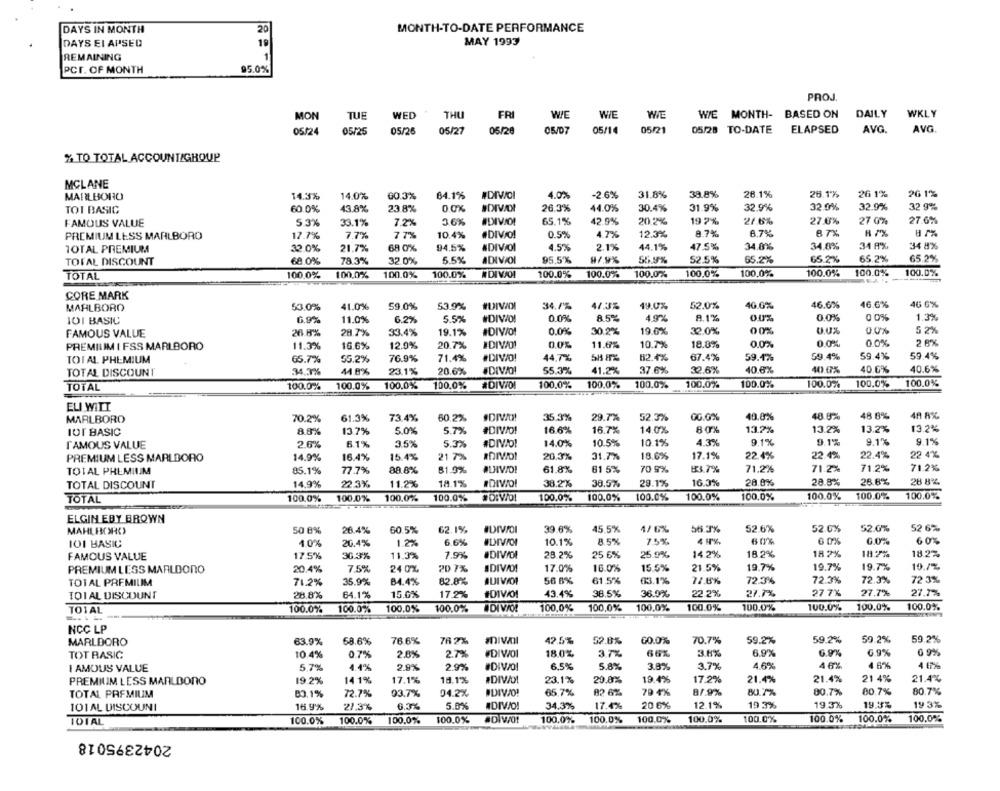
DAYS IN MONTH
20
MONTH-TO-DATE PERFORMANCE
19
DAYS EI APSED
MAY 1993
1
REMAINING
PCT. OF MONTH
95.0%
PROJ
MON
TUE
WED
THU
FR
WE
WIE
WIE
WIE MONTH- BASED ON
DAILY
WKLY
05/24
05/25
05/26
05/27
05/28
05/07
05/14
05/21
05/28 TO-DATE
ELAPSED
AVG.
AVG
% TO TOTAL ACCOUNT/GROUP
MCLANE
MARLBORO
14.3%
14.0%
60.3%
64.1%
#DIVOI
4.0%
-2.6%
31.8%
38.8%
26.1%
26.1%
26 1%
26 1%
44.0%
31.9%
32.9%
32.0%
32.9%
32 9%
TOT BASIC
60.0%
43.8%
23.8%
0.0%
SDIVIDI
26.3%
30.4%
5 3%
33.1%
3.6%
#DIVIO!
65.1%
42.5%
20.2%
197%
21.6%
27.6%
27 0%
27.6%
FAMOUS VALUE
7.2%
PREMIUM LESS MARLBORO
17.7%
7.7%
77%
10.4%
.DIVO!
0.5%
4.7%
12.3%
8.7%
8,7%
87%
8 7%
#DIVOI
4.5%
34.8%
34.8%
31 8%
34 8%
TOTAL PREMIUM
32.0%
21.7%
68 0%
94.5%
2.1%
44.1%
47.5%
TOTAL DISCOUNT
68.0%
78.3%
32.0%
5.5%
95.5%
87.9%
52.5%
65.2%
65.2%
65.2%
65.2%
TOTAL
100.0%
100.0%
100.0%
100.0%
#DIVAO!
100.0%
100.0%
100.0%
100.0%
100,0%
100.0%
100.0%
100.0%
CORE MARK
MARLBORO
53.0%
41.0%
59.0%
53.9%
#DIVIDI
34.7%
41.3%
19.0%
52.0%
40.0%
46.6%
46.6%
46 6%
85%
8.1%
0.0%
0 0%
1.3%
101 BASIC
6.9%
11.0%
6.2%
5.5%
0.0%
4.9%
0.0%
FAMOUS VALUE
26.8%
28.7%
33.4%
19.1%
#DIV/O!
0.0%
30.2%
19.6%
32.0%
00%
0.0%
5 2%
PREMIUM I FSS MARLBORO
11.3%
16.6%
12.9%
20.7%
IDIVO!
11.6%
10.7%
18.8%
0.0%
0.0%
0.0%
2 8%
76.9%
71.4%
#DIVO!
44.7%
5H 8%
82.4%
67.4%
59.4%
59.4%
59.4%
59.4%
TOIAL PHEMIUM
65.7%
55.2%
TOTAL DISCOUNT
34,3%
44.8%
23.1%
20.6%
55.3%
41.2%
37.6%
30.6%
40.6%
40.0%
40.6%
40.6%
TOTAL
100.0%
100.0%
100.0%
100.0%
#DIVIDI
100.0%
100.0%
100.0%
100.0%
100.0%
100.0%
100.0%
100.0%
ELI WITT
MARLBORO
70.2%
61.3%
73.4%
60.2%
35.3%
29.7%
52.3%
GG.0%
40.0%
48.8%
48 8%
48 8%
13.2%
IOT BASIC
8.8%
13.7%
5.0%
5.7%
#DIVO!
16.6%
16.7%
14.0%
80%
13.2%
13.2%
13.2%
26%
6.1%
3.5%
5.3%
#DIVAD!
14.0%
10.5%
10.1%
4.3%
9.1%
9.1%
9.1%
9.1%
FAMOUS VALUE
PREMIUM LESS MARLBORO
14.9%
16.4%
15.4%
21 7%
20.3%
31.7%
18.6%
17.1%
22.4%
22.4%
22.4%
22 4%
70 9%
83.7%
71.2%
71.2%
71.2%
TOTAL PREMIUM
85.1%
77.7%
88.6%
81.9%
ALIVIO!
61.8%
61 5%
71.2%
22.3%
18.1%
#DIWO!
38.2%
38.5%
29.1%
16.0%
28.0%
28.8%
28.8%
28 8%
TOTAL DISCOUNT
14.9%
11.2%
100.0%
100.0%
100.0%
100.0%
100.0%
100.0%
100.0%
100.0%
100,0%
100.0%
100.0%
100.0%
TOTAL
ELGIN EBY BROWN
MAHLHORC
50 8%
26.4%
60.5%
62.1%
39.6%
45.5%
4/ 6%
56.3%
52.6%
52.0%
52.0%
52 6%
101 BASIC
1.0%
20.4%
1.2%
6.6%
10.1%
8.5%
7.5%
4 9%
60%
0 0%
G0%
60%
17.5%
30.3%
11.3%
7.9%
#DIVIOL
28.2%
25 6%
25.9%
14.2%
18.2%
18 7%
18.2%
18.2%
FAMOUS VALUE
PREMIUM LESS MARLDONO
20.4%
7.5%
24 0%
20 7%
IDIVAD!
17.0%
16.0%
15.5%
21.5%
19.7%
19.7%
19.7%
10.7%
TOTAL PREMILIM
71.2%
35.9%
84.4%
82.8%
QUIVOI
56 8%
61.5%
63.1%
77.6%
72.3%
72.3%
72.3%
72 3%
15.0%
17.2%
#01W/0!
43.4%
38.5%
36.0%
22.2%
27.7%
27 7%
27.7%
27.7%
TOI AL DISCOUNT
28.8%
64.1%
TOTAL
100.0%
100.0%
100.0%
100.0%
DI VIOL
100,0%
100,0%
100,0%
100.0%
100.0%
100.0%
100.0%
100.0%
----
NCC LP
MARLBORO
63.9%
68.6%
76.6%
76 2%
42.5%
52.0%
60.0%
70.7%
59.2%
59.2%
59.2%
59.2%
TOT BASIC
10.4%
0.7%
2.8%
2.7%
#DIVOI
18.0%
3.7%
66%
3.6%
6.9%
6.9%
6.9%
0 9%
4.6%
46%
4 6%
4.67%
I AMOUS VALUE
5,7%
4.4%
2.9%
2.9%
#DIVO!
6.5%
5.8%
3.8%
3.7%
PREMIUM LESS MARLDONO
19.2%
14 1%
17.1%
18.1%
#DIVOL
23.1%
20.0%
19.4%
17.2%
21.4%
21.4%
21 4%
21.4%
TOTAL PREMIUM
80.1%
72.7%
93.7%
04.2%
IDIVJO!
65.7%
82 6%
79 4%
87.9%
80.7%
80.7%
80.7%
80.7%
5.0%
ADIVO!
20 6%
12.1%
19.3%
19.3%
19.3%
19 3%
101AL DISCOUNI
16.9%
21.3%
6.3%
34.3%
17.4%
101AL
100.0%
100.0%
100,0%
100.0%
100.0%
100.0%
100.0%
100.0%
100.0%
100.0%
100.0%
100.0%
2042395018